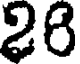
28